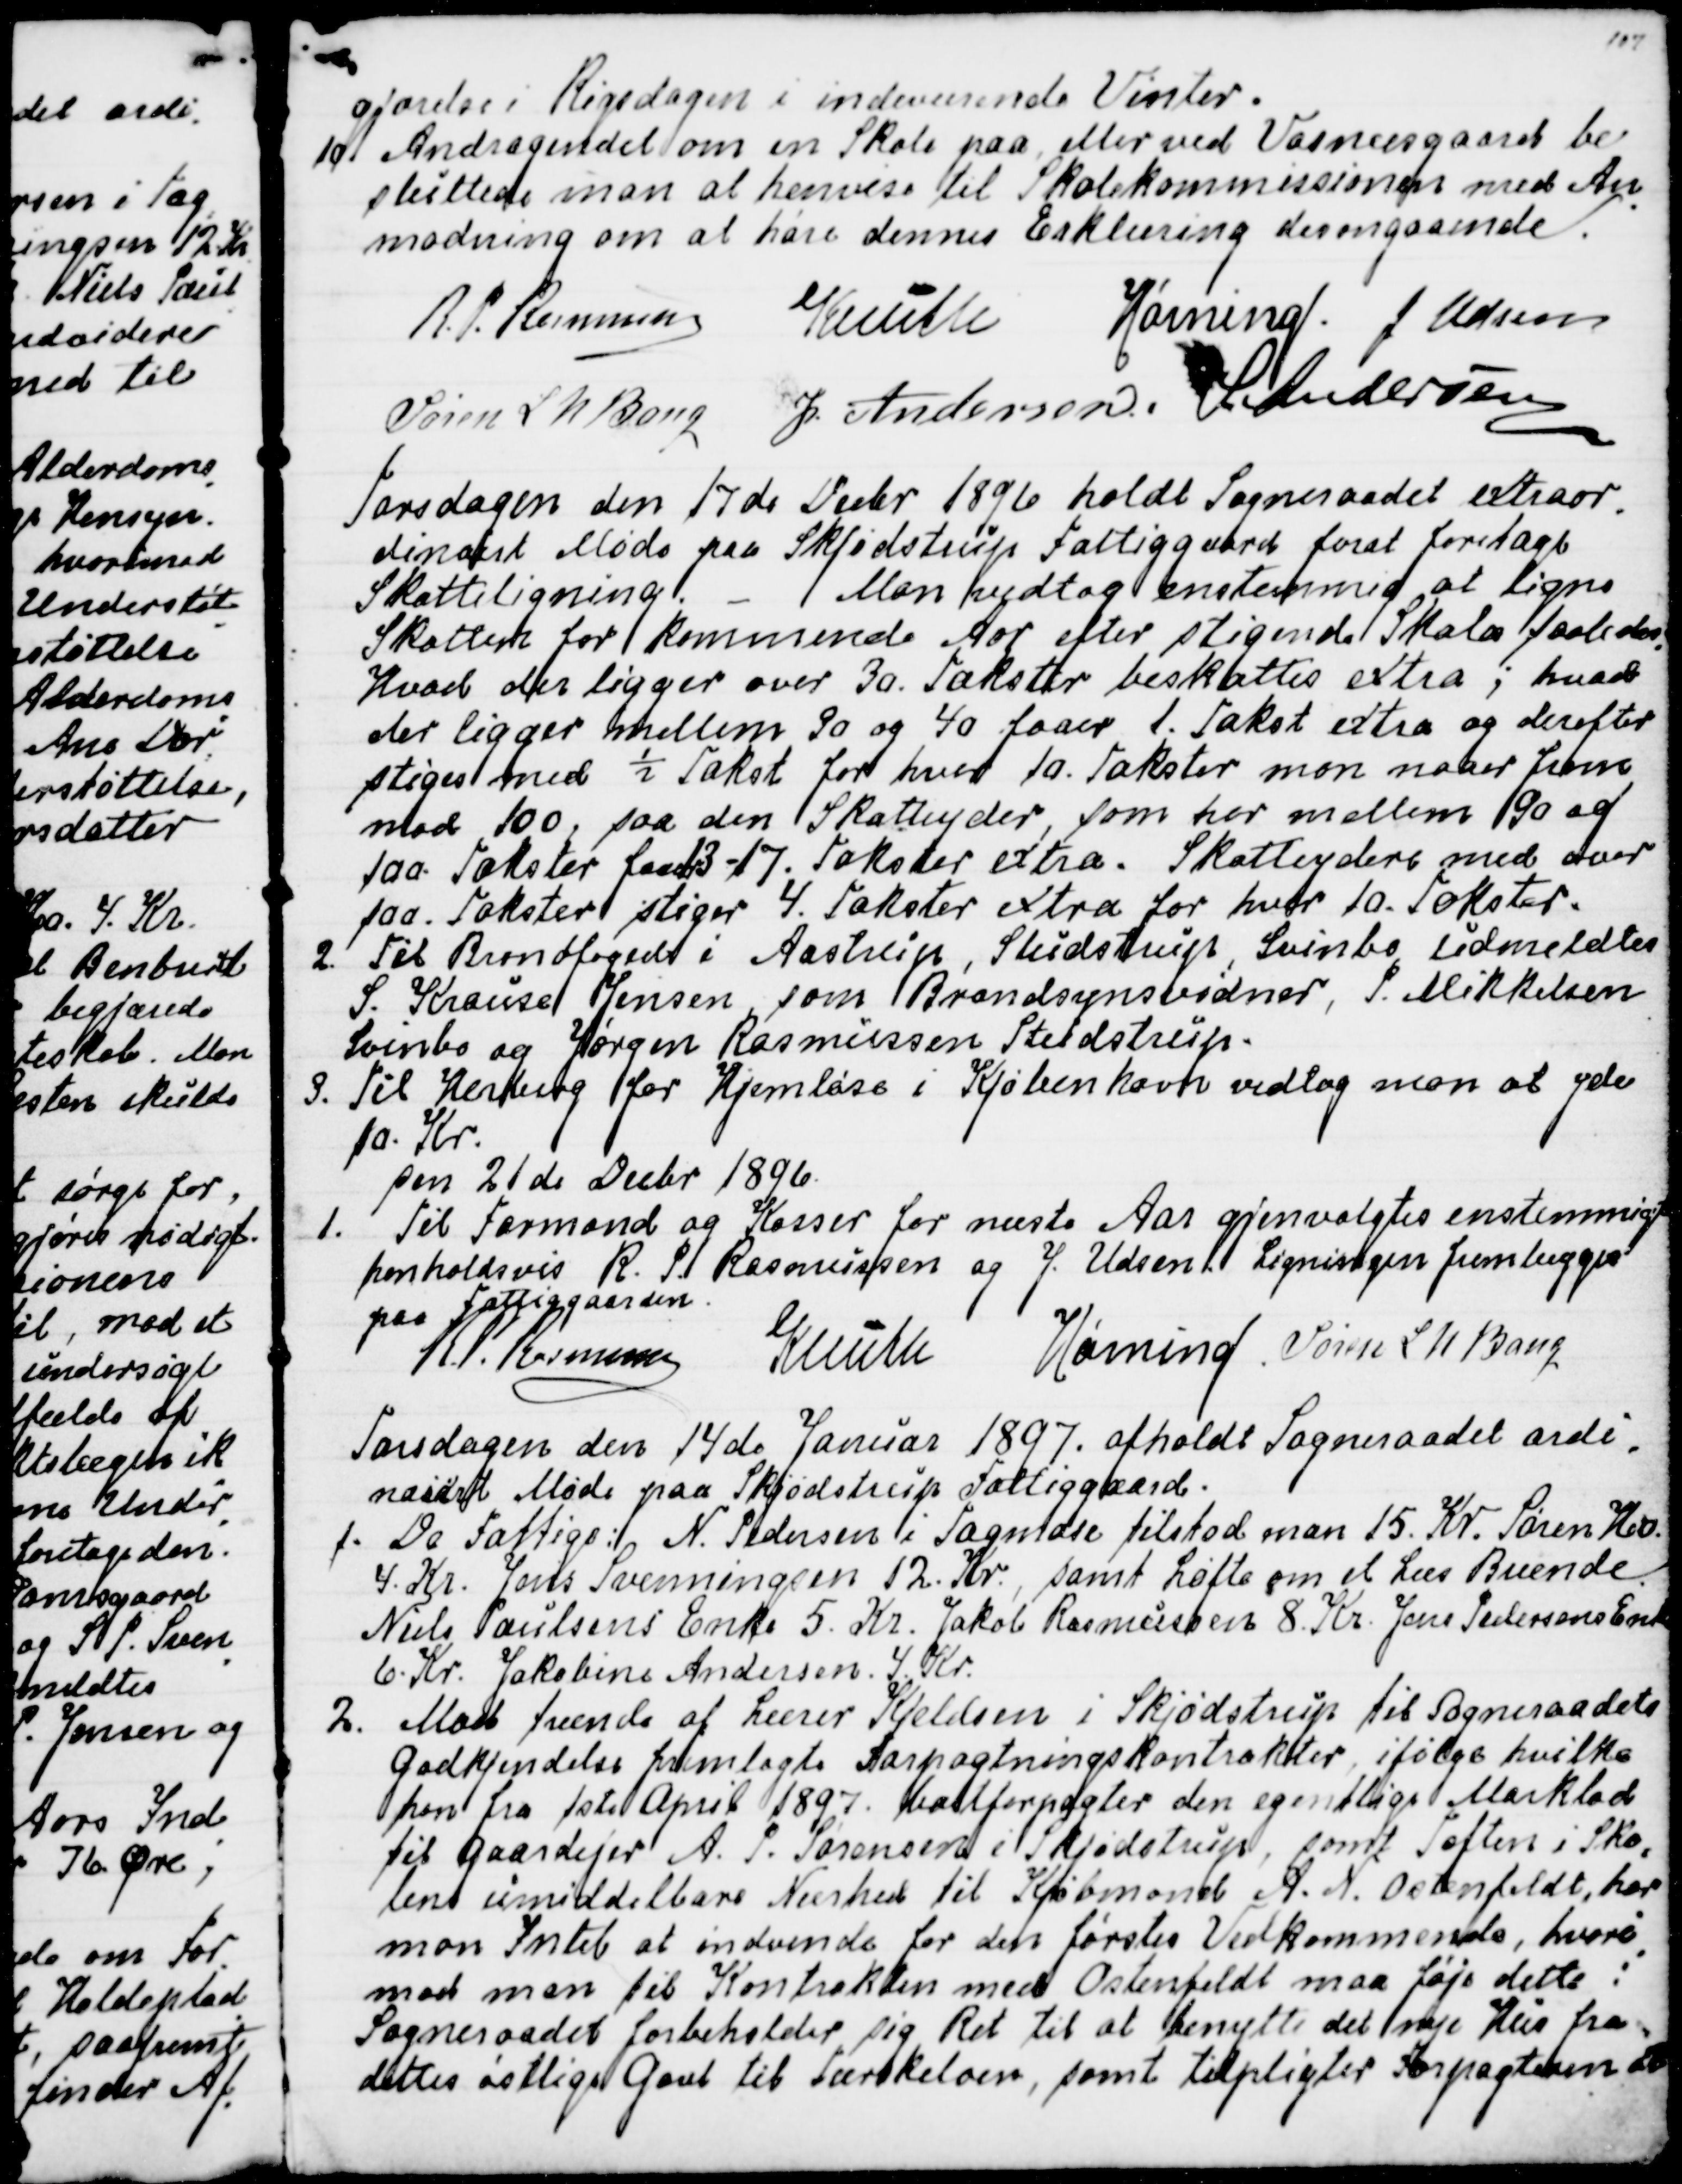
Transskription:
gjørelse i Rigsdagen i indeværende Vinter.
10. Andragendet om en Skole paa eller ved Vosnæsgaard be
sluttede man at henvise til Skolekommissionen med An
-
modning om at høre dennes Erklæring desangaaende.
R.P. Rasmussen
Knuth
Hørning.
J Udsen
Søren L. N. Bang
J Andersen.
S. Andersen

Torsdagen den 17de Decbr 1896 holdt Sogneraadet extraor
-
dinairt Møde paa Skjødstrup Fattiggaard forat foretage
Skatteligning. - Man vedtog enstemmig at ligne
Skatten for det kommende Aar efter stigende Skala saaledes
Hvad der ligger over 30. Takster beskattes extra; hvad
der ligger mellem 30 og 40 faaer 1. Takst extra og derefter
stiges med ½ Takst for hver 10. Takster mon naaer frem
mod 100, saa den Skatteyder, som har mellem 90 og
100. Takster faaer13-17. Takster extra. Skatteydere med over
100. Takster stiger 4. Takster extra for hver 10. Takster.
2 Til Brandfoged i Aastrup, Studstrup, Svinbo udmeldtes
S. Krause Jensen, som Brandsynsvidner, P. Mikkelsen
Svinbo og Jørgen Rasmussen Studstrup.
3. Til Herberg for Hjemløse i Kjøbenhavn vedtog man at yde
10. Kr.
den 21de Devbr 1896
1. Til Formand og Kasser for næste Aar gjenvalgtes enstemmigt
henholdsvis R. P Rasmussen og J. Udsen. Ligningen fremlægges
paa Fattiggaarden.
R P. Rasmussen
Knuth
Hørning
Søren L. N. Bang

Torsdagen den 14de Januar 1897. afholdt Sogneraadet ordi
-
nairt Møde paa Skjødstrup Fattiggaard.
1 De Fattige: N Pedersen i Tagmose tilstod man 15. Kr. Søren Ho
4. Kr Jens Svenningsen 12. Kr, samt Løfte om et Læs Brænde.
Niels Poulsens Enke 5. Kr. Jakob Rasmussen 8. Kr. Jens Pedersens Enke
6. Kr. Jakobine Andersen 4. Kr.
2. Mod tvænde af Lærer Kjeldsen i Skjødstrup til Sogneraadets
Godkjendelse fremlagte Forpagtningskontrakter, ifølge hvilke
han fra 1 ste April 1897. bortforpagter den egentlige Marklod
til Gaardejer A. P. Sørensen i Skjødstrup, samt Toften i Sko
-
lens umiddelbare Nærhed til Kjøbmand A.N. Ostenfeldt, har
man Intet at indvende for den førstes Vedkommende, hvori
-
mod man til Kontrakten med Ostenfeldt maa føje dette:
Sogneraadet forbeholder sig Ret til at benytte det nye Hus fra
dettes østlige Gavl til Tærskeloen, samt tilpligter Forpagteren at